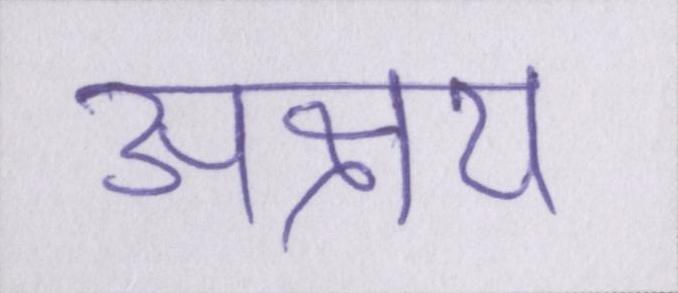
अक्षय